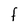
Character: I